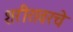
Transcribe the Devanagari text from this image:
शरीरावरचे